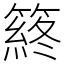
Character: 䈺